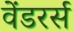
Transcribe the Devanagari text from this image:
वेंडरर्स